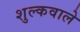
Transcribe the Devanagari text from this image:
शुल्कवाले